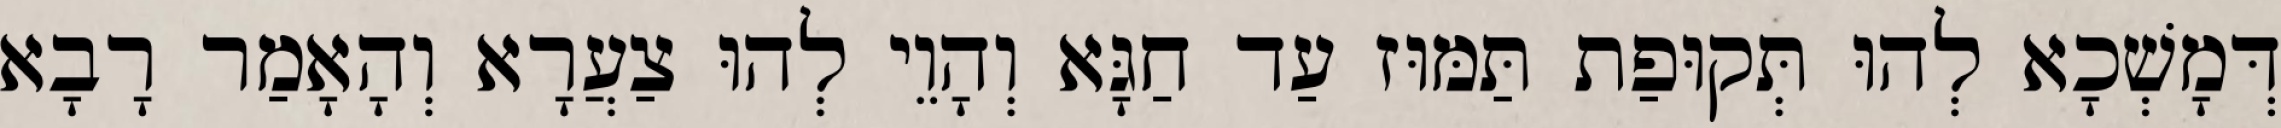
דְּמָשְׁכָא לְהוּ תְּקוּפַת תַּמּוּז עַד חַגָּא וְהָוֵי לְהוּ צַעֲרָא וְהָאָמַר רָבָא